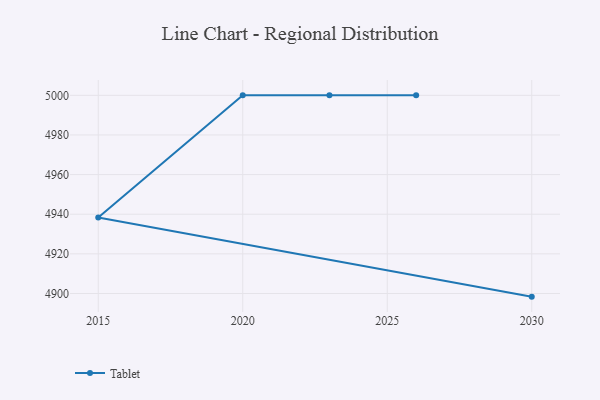
{"axis": {"x": "Year", "y": "Website Visitors"}, "legend": ["Tablet"], "data": [{"x": "2030", "y": 4898.4, "type": "Tablet"}, {"x": "2015", "y": 4938.4, "type": "Tablet"}, {"x": "2020", "y": 5000, "type": "Tablet"}, {"x": "2023", "y": 5000, "type": "Tablet"}, {"x": "2026", "y": 5000, "type": "Tablet"}]}